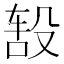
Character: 𬆦